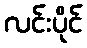
လင်းပိုင်